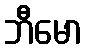
ဘီမော